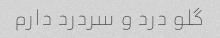
گلو درد و سردرد دارم